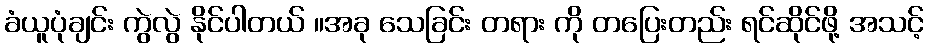
ခံယူပုံချင်း ကွဲလွဲ နိုင်ပါတယ် ။အခု သေခြင်း တရား ကို တပြေးတည်း ရင်ဆိုင်ဖို့ အသင့်